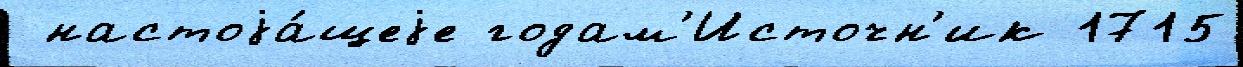
 настоjа́щеjе годам'Источн'ик 1715